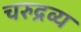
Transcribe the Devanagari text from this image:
चरुद्रव्य